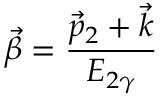
{ \vec { \beta } } = \frac { { { \vec { p } } _ { 2 } } + { \vec { k } } } { E _ { 2 \gamma } }